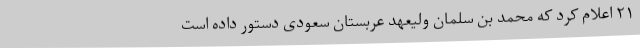
۲۱ اعلام کرد که محمد بن سلمان ولیعهد عربستان سعودی دستور داده است